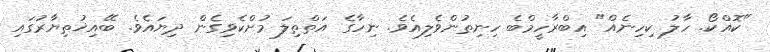
"ކޮއްކޯ. ހާލު ކިހިނެއް" އިބްރާހީމްބެ ހިނިތުންވެލިއެވެ. ނިހާގެ އަތްތިލަ މުށްކެވިގެން ދިޔައެވެ. ބޭއިޚުތިޔާރުގައި